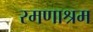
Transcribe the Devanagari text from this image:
रमणाश्रम